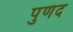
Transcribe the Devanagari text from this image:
पुणंद